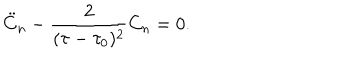
\ddot { C } _ { n } - \frac { 2 } { ( \tau - \tau _ { 0 } ) ^ { 2 } } C _ { n } = 0 .